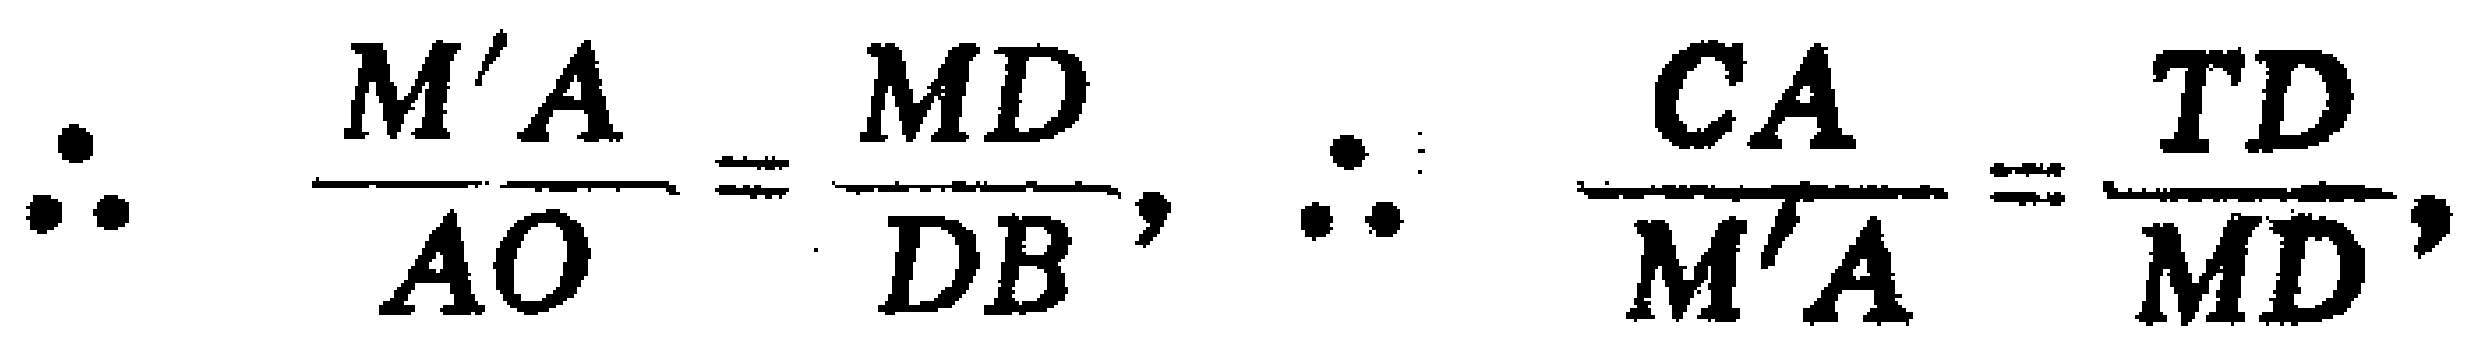
\(\therefore \frac{M'A}{AO}=\frac{MD}{DB},\ \therefore \frac{CA}{M'A}=\frac{TD}{MD},\)